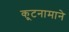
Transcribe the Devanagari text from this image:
कूटनामाने